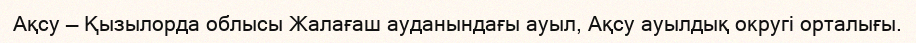
Ақсу — Қызылорда облысы Жалағаш ауданындағы ауыл, Ақсу ауылдық округі орталығы.